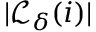
| \mathcal { L } _ { \delta } ( i ) |